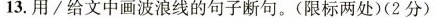
13.用/给文中画波浪线的句子断句。(限标两处)(2分)